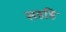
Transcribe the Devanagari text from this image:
सहहि